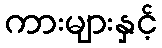
ကားများနှင့်